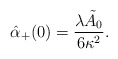
\begin{align*} \hat{\alpha}_+(0)=\frac{\lambda\tilde{A}_0}{6\kappa^2}.\end{align*}